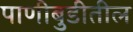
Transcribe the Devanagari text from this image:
पाणीबुडीतील